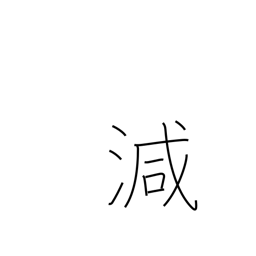
Meaning: decrease